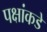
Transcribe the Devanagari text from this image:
पक्षांकडे